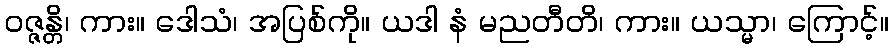
ဝဇ္ဇန္တိ၊ ကား။ ဒေါသံ၊ အပြစ်ကို။ ယဒါ နံ မညတီတိ၊ ကား။ ယသ္မာ၊ ကြောင့်။